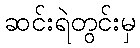
ဆင်းရဲတွင်းမှ